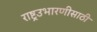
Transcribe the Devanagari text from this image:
राष्ट्रउभारणीसाठी